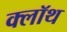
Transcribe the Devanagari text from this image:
क्‍लॉथ